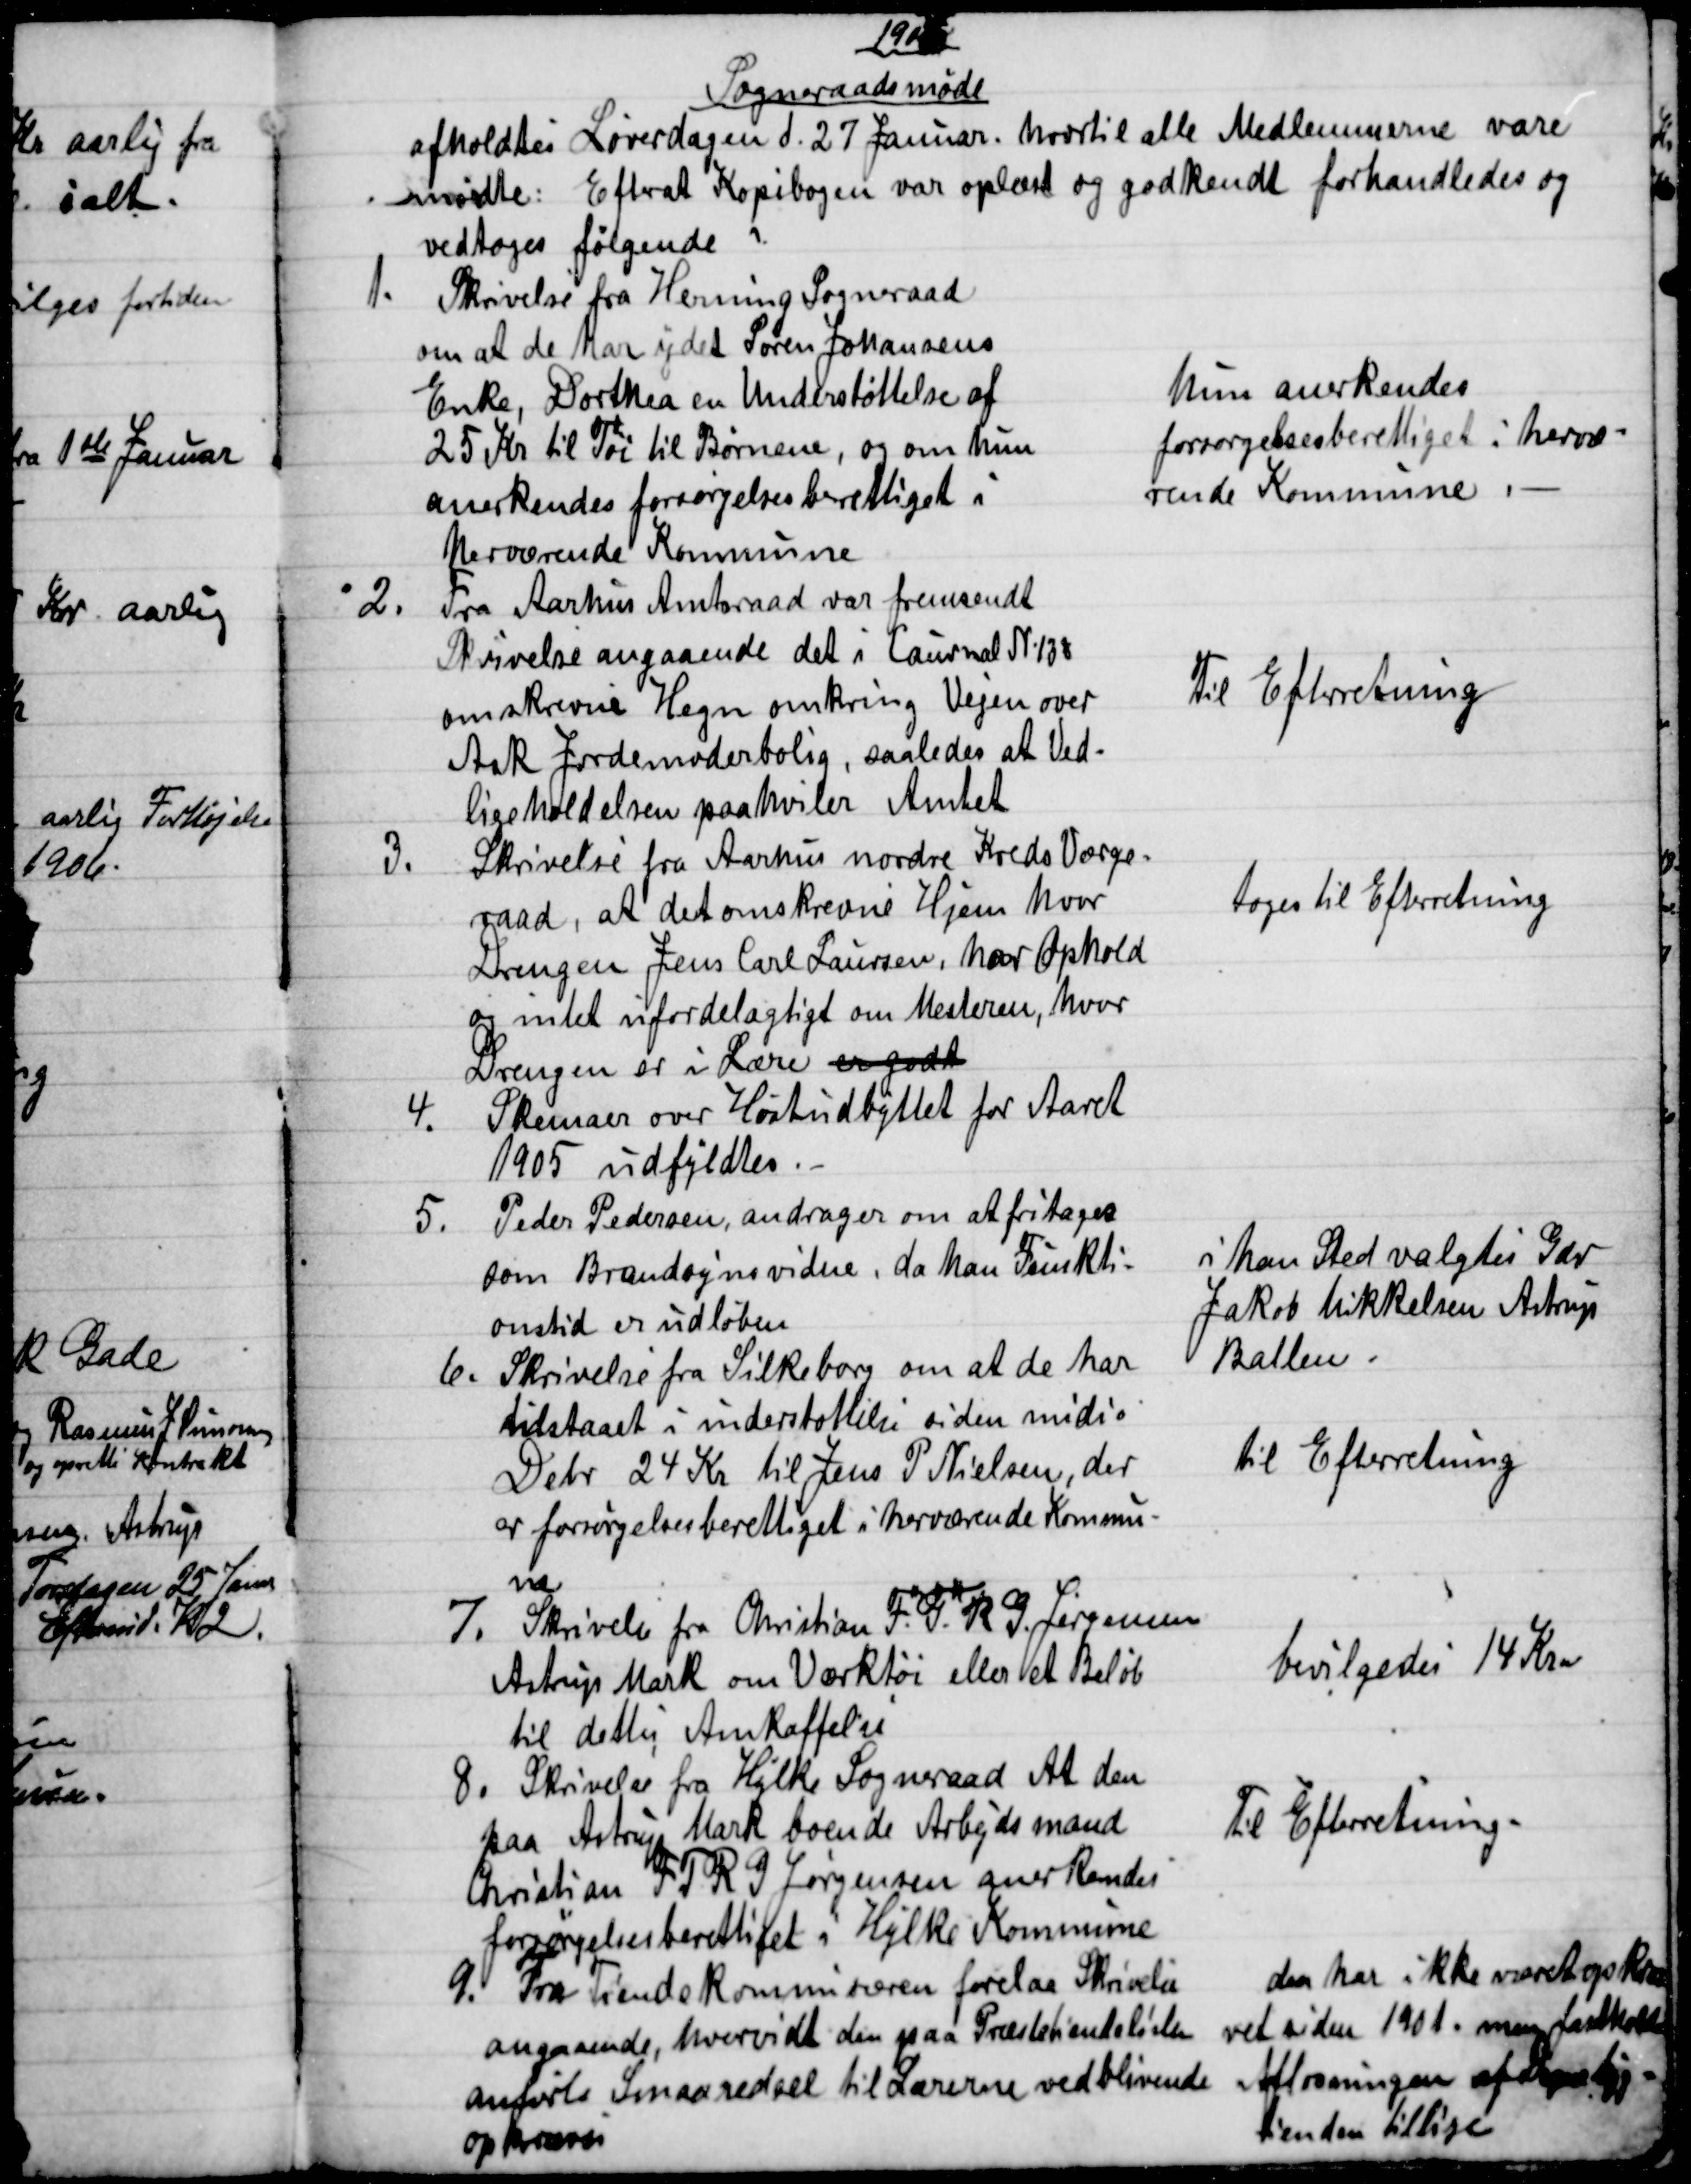
Transskription:
1906
Sogneraadsmøde
afholdtes Løverdagen d. 27 Januar. hvortil alle Medlemmerne vare
mødte: Efterat Kopibogen var oplæst og godkendt forhandledes og
vedtoges følgende
1.
Skrivelse fra Herning Sogneraad
om at de har ydet Søren Johansens
Enke, Dorthea en Understøttelse af
25 Kr til Tøi til Børnene, og om hun
anerkendes forsørgelsesberettiget i
herværende Kommune
hun anerkendes
forsørgelsesberettiget i hervæ-
rende Kommune
2.
Fra Aarhus Amtsraad var fremsendt
Skrivelse angaaende det i Laurnal N. 138
omskrevne Hegn omkring Vejen over
Ask Jordemoderbolig, saaledes at Ved-
ligeholdelsen paahviler Amtet
Til Efterretning
3.
Skrivelse fra Aarhus nordre Kreds Værge-
raad, at det omskrevne Hjem hvor
Drengen Jens Carl Laursen, har Ophold
og intet ufordelagtigt om Mesteren, hvor
Drengen er i Lære er godt
toges til Efterretning
4.
Skemaer over Høstudbyttet for Aaret
1905 udfyldtes.
5.
Peder Pedersen, andrager om at fritages
som Brandsynsvidne, da han Funkti=
onstid er udløben
i han Sted valgtes Gdr
Jakob Mikkelsen Astrup
Ballen.
6. 
Skrivelse fra Silkeborg om at de har
tilstaaet i understøttelse siden midio
Debr 24 Kr til Jens P Nielsen, der
er forsørgelsesberettiget i herværende Kommu-
ne
til Efterretning
7.
Skrivelse fra Christian F. T. R. G. Jørgensen
Astrup Mark om Værktøi eller et Beløb
til dettes Anskaffelse
bevilgedes 14 Kro
8. 
Skrivelse fra Hylke Sogneraad At den
paa Astrup Mark boende Arbejdsmand
Christian F. T. R. G. Jørgensen anerkendes
forsørgelsesberettiget i Hylke Kommune
Til Efterretning.
9. 
 Fra Tiendekommissæren forelaa Skrivelse
angaaende, hvorvidt den paa Præstetiendelisten
anførte Smaaredsel til Lærerne vedblivende
opkræves
den har ikke været opkræ
vet siden 1901. men fasthold
Afløsningen af Degne 
tienden tillige